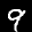
Label: 9